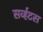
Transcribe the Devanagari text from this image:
सर्व्हटस